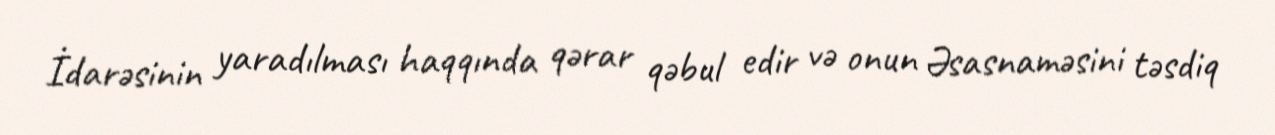
İdarəsinin yaradılması haqqında qərar qəbul edir və onun Əsasnaməsini təsdiq